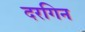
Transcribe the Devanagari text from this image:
दरगिन